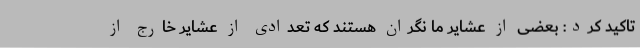
تاکید کرد: بعضی از عشایر ما نگران هستند که تعدادی از عشایر خارج از